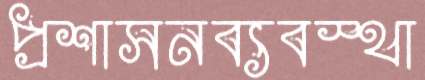
প্রশাসনব্যবস্থা